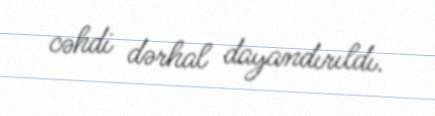
cəhdi dərhal dayandırıldı.